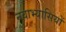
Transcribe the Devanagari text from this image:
नवाभ्यासियों